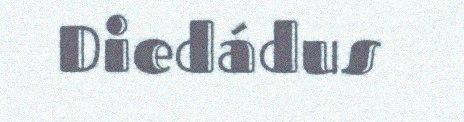
Diedádus